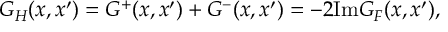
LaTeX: G _ { H } ( x , x ^ { \prime } ) = G ^ { + } ( x , x ^ { \prime } ) + G ^ { - } ( x , x ^ { \prime } ) = - 2 \mathrm { I m } G _ { F } ( x , x ^ { \prime } ) ,